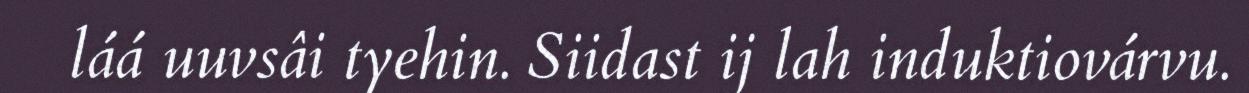
láá uuvsâi tyehin. Siidast ij lah induktiovárvu.